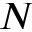
N